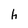
Character: h